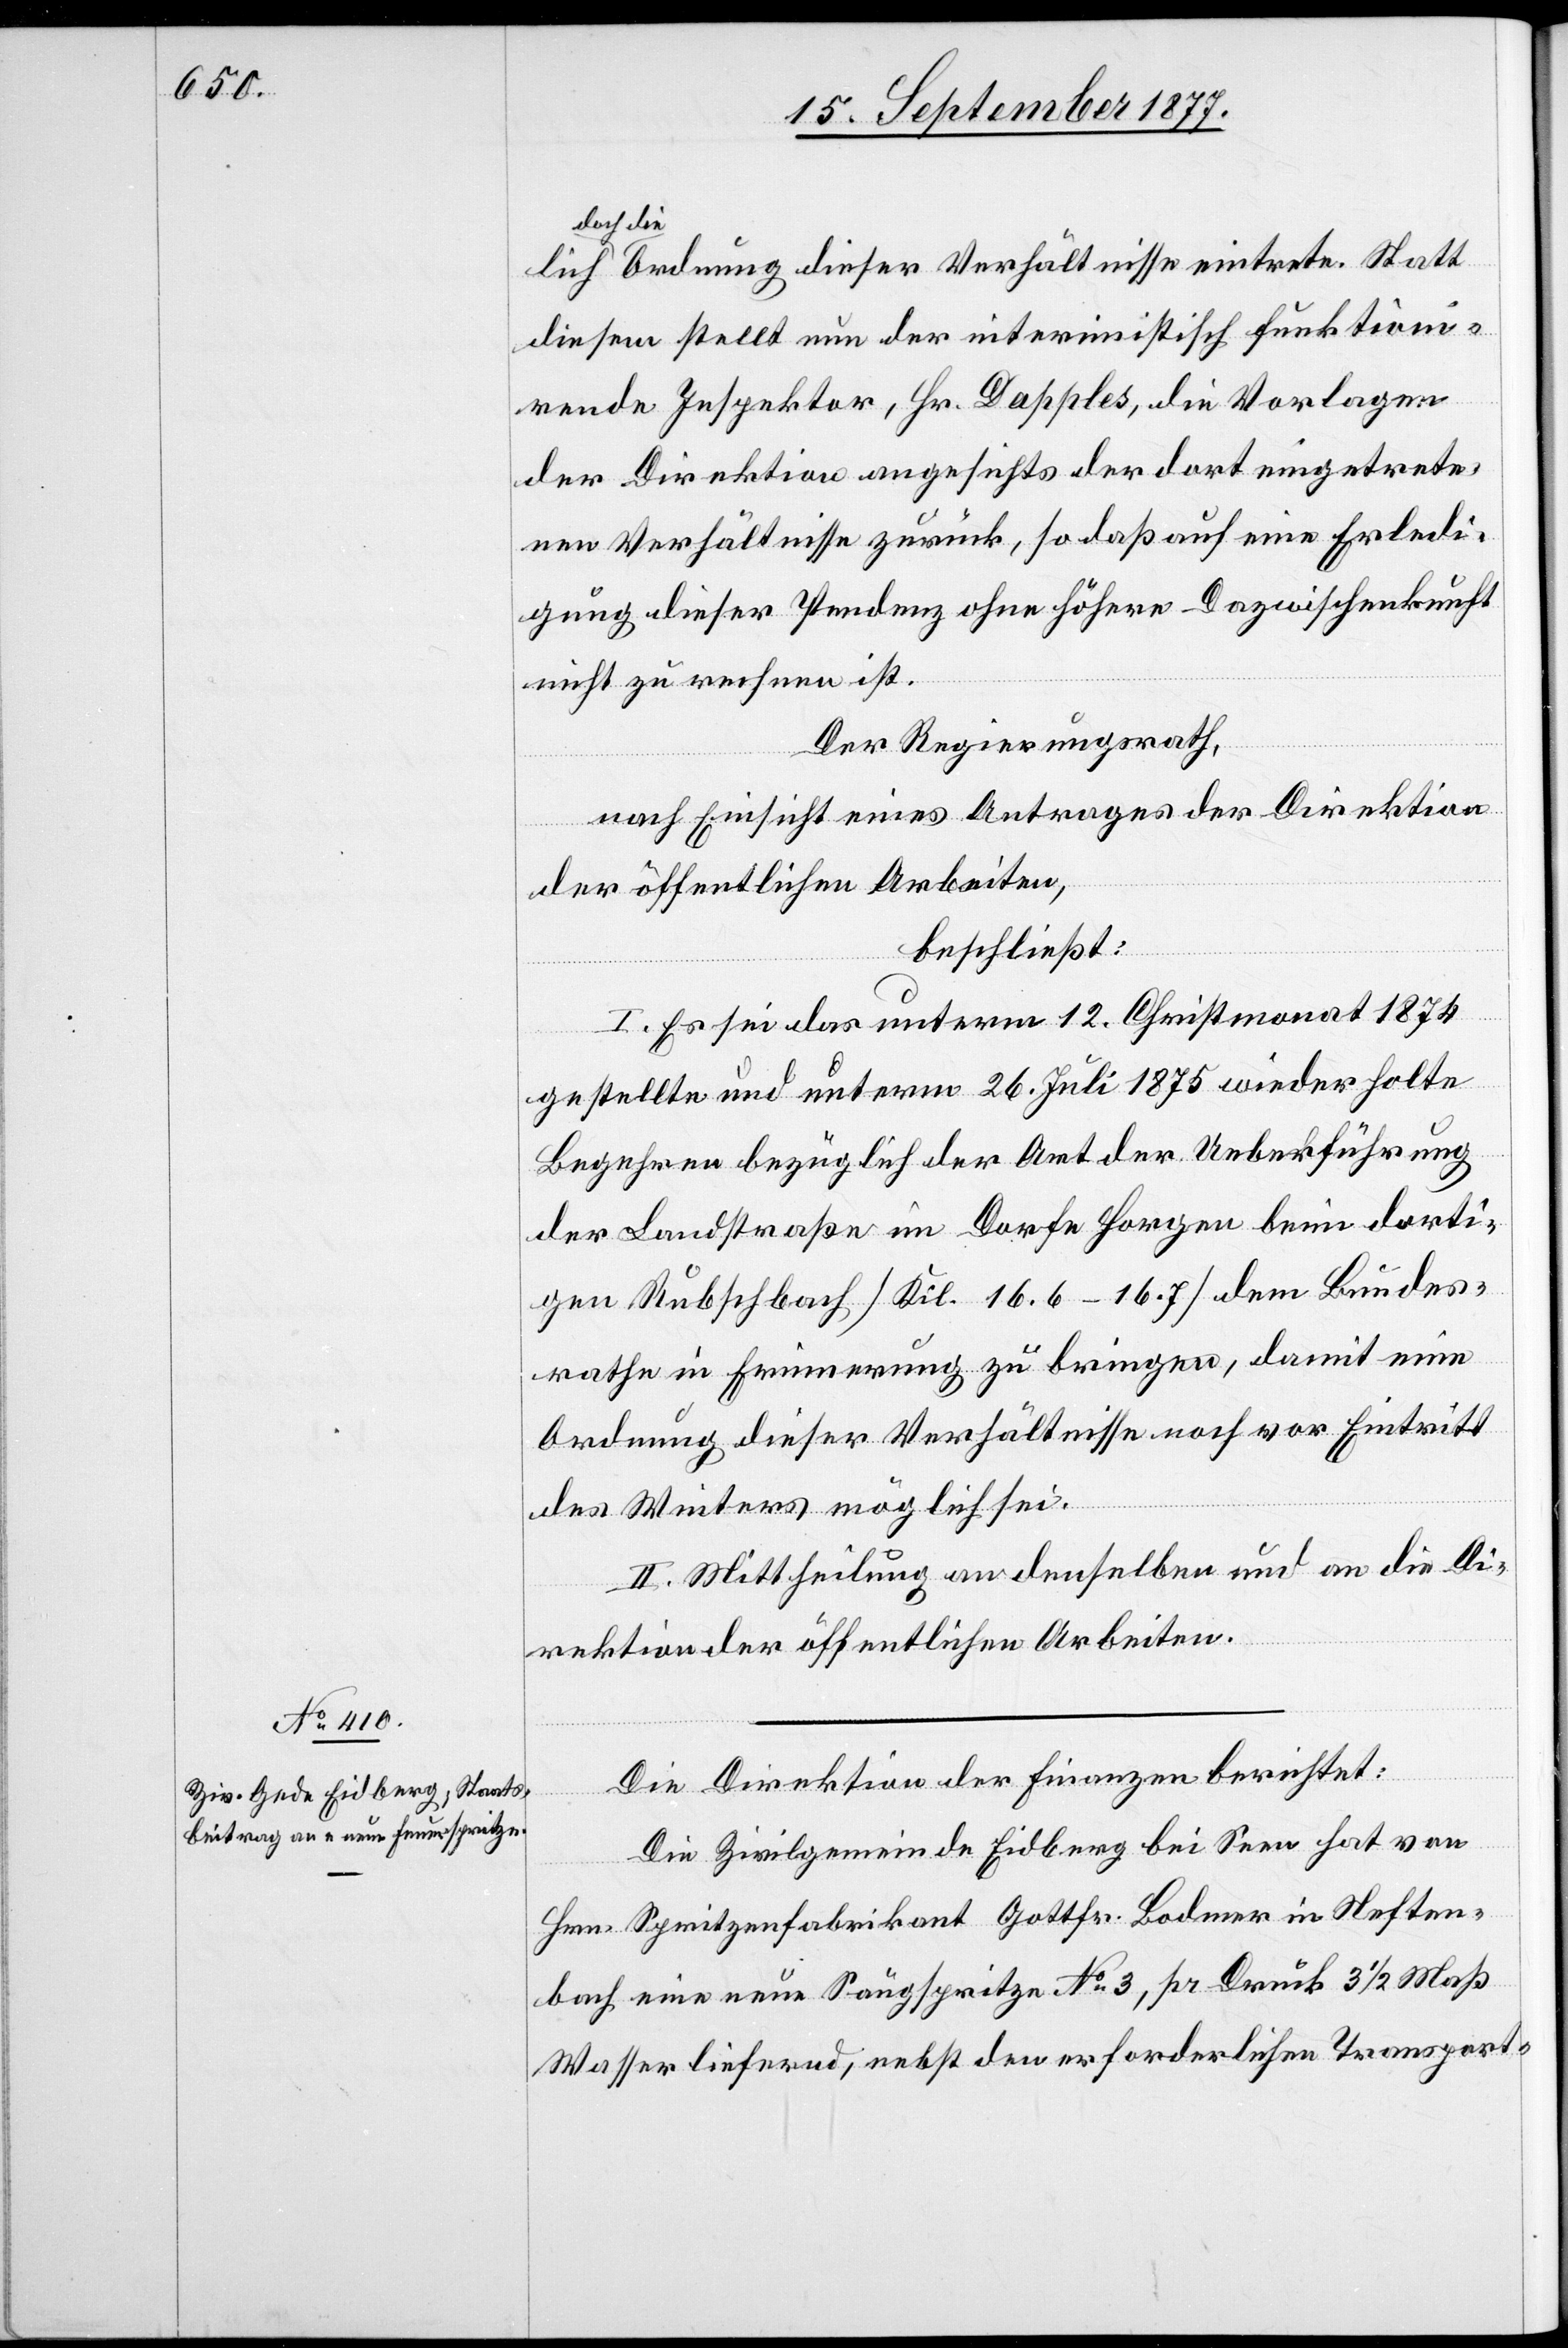
die Ordnung dieser Verhältnisse eintrete. Statt
diesem stellt nun der interimistisch funktion¬
doch
irende Inspektor, Hr. Dapples, die Vorlagen
der Direktion angesichts der dort eingetrete¬
nen Verhältnisse zurück, so daß auf eine Erledi¬
gung dieser Pendenz ohne höhere Dazwischenkunft
nicht zu rechnen ist.
Der Regierungsrath,
nach Einsicht eines Antrages der Direktion
der öffentlichen Arbeiten,
beschließt:
I. Es sei das unterm 12. Christmonat 1874
gestellte und unterm 26. Juli 1875 wiederholte
Begehren bezüglich der Art der Ueberführung
der Landstraße im Dorfe Horgen beim dorti¬
gen Rubschbach [Kil. 16.6–16.7] dem Bundes¬
rathe in Erinnerung zu bringen, damit eine
Ordnung dieser Verhältnisse noch vor Eintritt
des Winters möglich sei.
II. Mittheilung an denselben und an die Di¬
rektion der öffentlichen Arbeiten.
Die Direktion der Finanzen berichtet:
Die Zivilgemeinde Eidberg bei Seen hat von
Hrn. Spritzenfabrikant Gottfr. Bodmer in Neften¬
bach eine neue Saugspritze No 3, pr Druck 3 1/2 Maß
Wasser liefernd, nebst den erforderlichen Transport-